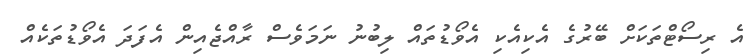
އެ ރިސޯޓްތަކަށް ބޭރުގެ އެކިއެކި އެވޯޑުތައް ލިބުނު ނަމަވެސް ރާއްޖެއިން އެފަދަ އެވޯޑުތަކެއް